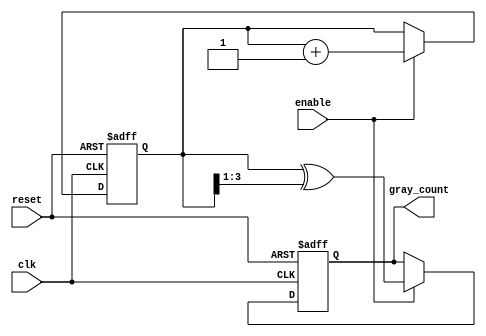
module gray_code_counter (
    input wire clk,         // Clock signal
    input wire reset,       // Asynchronous reset signal
    input wire enable,      // Enable signal
    output reg [3:0] gray_count // Gray code output (4-bit)
);

    // Internal binary counter
    reg [3:0] bin_count; // 4-bit binary counter

    // Gray code conversion function
    function [3:0] binary_to_gray;
        input [3:0] bin;
        begin
            binary_to_gray = bin ^ (bin >> 1);
        end
    endfunction

    // Always block for counting and resetting
    always @(posedge clk or posedge reset) begin
        if (reset) begin
            bin_count <= 4'b0000; // Reset binary counter to 0
            gray_count <= 4'b0000; // Reset gray count to 0
        end else if (enable) begin
            bin_count <= bin_count + 1; // Increment binary counter
            gray_count <= binary_to_gray(bin_count); // Convert to Gray code
        end
    end

endmodule